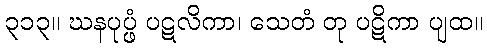
၃၁၃။ ဃနပုပ္ဖံ ပဋလိကာ၊ သေတံ တု ပဋိကာ ပျထ။